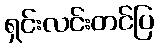
ရှင်းလင်းတင်ပြ